Report on sanitation, dispensaries, and jails in Rajputana for 1919, and on vaccination for the year 1919-1920 - 1919-1920
Year: 1919
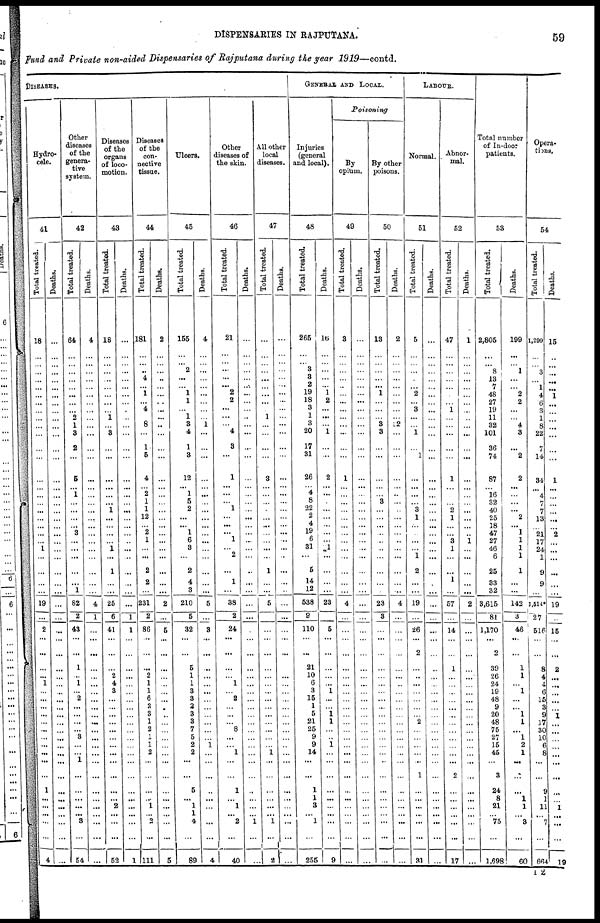
DISPENSARIES IN RAJPUTANA.
59
Fund and Private non-aided Dispensaries of Rajputana during the year 1919—contd.
DISEASES.
Hydro-
cele.
41
Total treated.
18
...
...
...
...
...
...
...
...
...
...
...
...
...
...
...
...
...
...
...
...
...
...
1
...
...
...
...
19
...
2
...
...
...
...
1
...
...
...
...
...
...
...
...
...
...
...
1
... ...
... ...
...
4
Deaths.
...
...
...
...
...
...
...
...
...
...
...
...
...
...
...
...
...
...
...
...
...
...
...
...
...
...
...
...
...
...
...
...
...
...
...
...
...
...
...
...
...
...
...
...
...
...
...
...
... ...
... ...
...
...
Other
diseases
of the
genera-
tive
system.
42
Total treated.
64
...
...
...
...
...
...
...
...
2
1
3
2
...
6
... 1
...
...
...
...
3
...
...
...
...
... 1
62
2
43
...
...
1
...
1
...
2
...
...
...
...
3
...
...
1
...
...
... ...
... 3
...
54
Deaths.
4
...
...
...
...
...
...
...
...
...
...
...
...
...
...
...
...
...
...
...
...
...
...
...
...
...
...
...
4
1
...
...
...
...
...
...
...
...
...
...
...
...
...
...
...
...
...
...
... ...
... ...
...
...
Diseases
of the
organs
of loco-
motion.
43
Total treated.
18
...
...
...
...
...
...
...
...
1
...
3
...
...
...
...
...
...
... ...
...
...
...
1
...
1
...
...
25
6
41
...
...
...
2
4
3
...
...
...
...
...
...
...
...
...
...
...
... 2
... ...
...
52
Deaths.
...
...
...
...
...
...
...
...
...
...
...
...
...
...
...
...
...
...
...
...
...
...
...
...
...
...
...
...
...
1
1
...
...
...
...
...
...
...
...
...
...
...
...
...
...
...
...
...
... ...
... ...
...
1
Diseases
of the
con-
nective
tissue.
44
Total treated.
181
...
...
...
4
...
1
...
4
...
8
...
1
5
4
... 2
1
1
12
...
2
1
...
...
2
2
...
231
2
86
...
...
...
2
1
1
6
2
3
1
2
1
1
2
...
...
...
... 1
... 2
...
111
Deaths.
2
...
...
...
...
...
...
...
...
...
...
...
...
...
...
...
...
...
... ...
...
...
...
...
...
...
...
...
2
...
5
...
...
...
...
...
...
...
..
...
...
...
...
...
...
...
...
...
... ...
... ...
...
5
Ulcers.
45
Total treated.
155
...
... 2
...
... 1
1
...
1
3
4
1
3
12
... 1
5
2
...
...
1
6
3
...
2
4
3
210
5
32
...
...
5
1
1
3
3
2
3
3
7
5
2
2
...
...
5
... 1
1 4
...
89
Deaths.
4
...
...
...
...
...
...
...
...
...
1
...
...
...
...
...
...
...
...
...
...
...
...
...
...
...
...
...
5
...
3
...
...
...
...
...
...
...
...
...
...
...
...
1
...
...
...
...
...
...
...
...
4
Other
diseases of
the skin.
46
Total treated.
21
...
...
...
...
... 2
2
...
...
... 4
3
...
1
...
...
...
1
...
...
...
1
...
2
...
1
...
38
2
24
...
...
...
...
1
...
2
...
...
...
8
...
... 1
...
...
1
... 1
... 2
...
40
Deaths.
...
...
...
...
...
...
...
...
...
...
...
...
...
...
...
...
...
...
... ...
...
...
...
...
...
...
...
...
...
...
...
...
...
...
...
...
...
...
...
...
...
...
...
...
...
...
...
...
... ...
... 1
...
...
All other
local
diseases.
47
Total treated.
...
...
...
...
...
...
...
...
...
1
...
...
...
...
3
...
...
...
... ...
...
...
...
...
...
1
...
...
5
...
...
...
...
...
...
...
...
...
...
...
...
...
...
... 1
...
...
...
...
...
... 1
...
2
Deaths.
...
...
...
...
...
...
...
...
...
...
...
...
...
...
...
...
...
...
... ...
...
...
...
...
...
...
...
...
...
...
...
...
...
...
...
...
...
...
...
...
...
...
...
...
...
...
...
...
...
...
... ...
...
...
GENERAL AND LOCAL.
Injuries
(general
and local).
48
Total treated.
265
...
...
3
3
2
19
18
3
1
3
20
17
31
26
... 4
8
22
2
4
19
6
31
...
5
14
12
538
9
110
...
...
21
10
6
3
15
1
5
21
25
9
9
14
...
...
1
1
3
... 1
...
255
Deaths.
16
...
...
...
...
... 1
2
...
...
... 1
...
...
2
...
...
...
... ...
...
...
...
1
...
...
...
...
23
...
5
...
...
...
...
... 1
...
...
1
1
...
...
1
...
...
...
...
... ...
... ...
...
9
Poisoning
By
opium.
49
Total treated.
3
...
...
...
...
...
...
...
...
...
...
...
...
...
1
...
...
...
... ...
...
...
...
...
...
...
...
...
4
...
...
...
...
...
...
...
...
...
...
...
...
...
...
...
...
...
...
...
...
...
... ...
...
...
Deaths.
...
...
...
...
...
...
...
...
...
...
...
...
...
...
...
...
...
...
... ...
...
...
...
...
...
...
...
...
...
...
...
...
...
...
...
...
...
...
...
...
...
...
...
...
...
...
...
...
...
...
... ...
...
...
By other
poisons.
50
Total treated.
13
...
...
...
...
... 1
...
...
...
3
3
...
...
...
...
...
3
...
...
...
...
...
...
...
...
...
...
23
3
...
...
...
...
...
...
...
...
...
...
...
...
...
...
...
...
...
...
...
...
... ...
...
...
Deaths.
2
...
...
...
...
...
...
...
...
...
2
...
...
...
...
...
...
...
... ...
...
...
...
...
...
...
...
...
4
...
...
...
...
...
...
...
...
...
...
...
...
...
...
...
...
...
...
...
...
...
... ...
...
...
LABOUR.
Normal.
51
Total treated.
5
...
...
...
...
... 2
...
3
...
...
1
...
1
...
...
...
...
3 1
...
...
...
...
1
2
...
...
19
...
26
...
2
...
...
...
...
...
...
...
2
...
...
...
...
...
1
...
... ...
... ...
...
31
Deaths.
...
...
...
...
...
...
...
...
...
...
...
...
...
...
...
...
...
...
... ...
...
...
...
...
...
...
...
...
...
...
...
...
...
...
...
...
...
...
...
...
...
...
...
...
...
...
...
...
... ...
... ...
...
...
Abnor-
mal.
52
Total treated.
47
...
...
...
...
...
...
...
1
...
...
...
...
...
1
...
...
...
2 1
...
...
3
1
...
...
...
...
57
...
14
...
...
1
...
...
...
...
...
...
...
...
...
...
...
...
2
...
...
...
... ...
...
17
Deaths.
1
...
...
...
...
...
...
...
...
...
...
...
...
...
...
...
...
...
...
...
...
...
1
...
...
...
...
...
2
...
...
...
...
...
...
...
...
...
...
...
...
...
...
...
...
...
...
...
...
...
... ...
...
...
Total number
of In-door
patients.
53
Total treated.
2,805
...
...
8
13
7
48
27
19
11
32
101
36
74
87
... 16
32
40 25
18
47
27
46
6
25
33
32
3,615
81
1,170
...
2
39
26
24
19
48
9
20
48
76
27
15
45
...
3
24
8
21
... 75
...
1,698
Deaths.
199
...
...
1
...
... 2
2
...
...
4
3
...
2
2
...
...
...
... 2
...
1
1
1
1
1
...
...
142
3
46
...
...
1
1
... 1
...
...
1
1
...
1
2
1
...
...
...
1
1
... 3
...
60
Opera-
tions.
54
Total treated.
1,299
...
...
3
...
1
4
6
3
1
8
22
7
14
34
...
4
7
7 13
13
21
17
24
1
9
9
...
1,514*
27
516
...
...
8
4
4
6
15
3
9
17
30
10
6
8
...
...
9
1
11
... 7
...
664
Deaths.
15
...
...
...
...
...
... 1
...
...
...
...
...
...
1
...
...
...
...
...
...
2
...
...
...
...
...
...
19
...
15
...
...
2
...
...
...
...
...
1
...
...
...
...
...
...
...
...
...
1
... ...
...
19
I 2